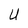
Character: U